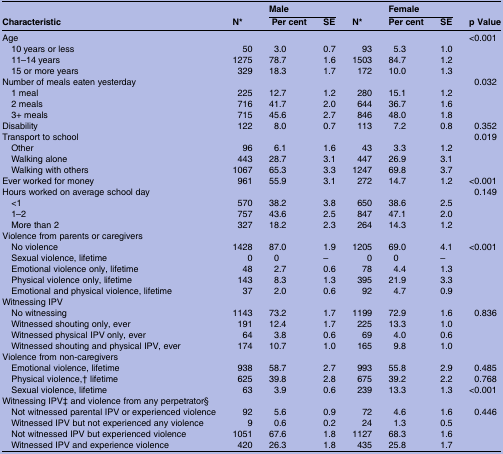
<table><thead><tr><td></td><td></td><td colspan="2"><b>Male</b></td><td></td><td colspan="2"><b>Female</b></td><td></td></tr><tr><td><b>Characteristic</b></td><td><b>N*</b></td><td><b> Per cent</b></td><td><b>SE</b></td><td><b>N*</b></td><td><b>Per cent</b></td><td><b>SE</b></td><td><b>p Value</b></td></tr></thead><tbody><tr><td>Age</td><td></td><td></td><td></td><td></td><td></td><td></td><td>&lt;0.001</td></tr><tr><td> 10 years or less</td><td>50</td><td>3.0</td><td>0.7</td><td>93</td><td>5.3</td><td>1.0</td><td></td></tr><tr><td> 11–14 years</td><td>1275</td><td>78.7</td><td>1.6</td><td>1503</td><td>84.7</td><td>1.2</td><td></td></tr><tr><td> 15 or more years</td><td>329</td><td>18.3</td><td>1.7</td><td>172</td><td>10.0</td><td>1.3</td><td></td></tr><tr><td colspan="2">Number of meals eaten yesterday</td><td></td><td></td><td></td><td></td><td></td><td>0.032</td></tr><tr><td> 1 meal</td><td>225</td><td>12.7</td><td>1.2</td><td>280</td><td>15.1</td><td>1.2</td><td></td></tr><tr><td> 2 meals</td><td>716</td><td>41.7</td><td>2.0</td><td>644</td><td>36.7</td><td>1.6</td><td></td></tr><tr><td> 3+ meals</td><td>715</td><td>45.6</td><td>2.7</td><td>846</td><td>48.0</td><td>1.8</td><td></td></tr><tr><td>Disability</td><td>122</td><td>8.0</td><td>0.7</td><td>113</td><td>7.2</td><td>0.8</td><td>0.352</td></tr><tr><td>Transport to school</td><td></td><td></td><td></td><td></td><td></td><td></td><td>0.019</td></tr><tr><td> Other</td><td>96</td><td>6.1</td><td>1.6</td><td>43</td><td>3.3</td><td>1.2</td><td></td></tr><tr><td> Walking alone</td><td>443</td><td>28.7</td><td>3.1</td><td>447</td><td>26.9</td><td>3.1</td><td></td></tr><tr><td> Walking with others</td><td>1067</td><td>65.3</td><td>3.3</td><td>1247</td><td>69.8</td><td>3.7</td><td></td></tr><tr><td>Ever worked for money</td><td>961</td><td>55.9</td><td>3.1</td><td>272</td><td>14.7</td><td>1.2</td><td>&lt;0.001</td></tr><tr><td colspan="2">Hours worked on average school day</td><td></td><td></td><td></td><td></td><td></td><td>0.149</td></tr><tr><td> &lt;1</td><td>570</td><td>38.2</td><td>3.8</td><td>650</td><td>38.6</td><td>2.5</td><td></td></tr><tr><td> 1–2</td><td>757</td><td>43.6</td><td>2.5</td><td>847</td><td>47.1</td><td>2.0</td><td></td></tr><tr><td> More than 2</td><td>327</td><td>18.2</td><td>2.3</td><td>264</td><td>14.3</td><td>1.2</td><td></td></tr><tr><td colspan="8">Violence from parents or caregivers</td></tr><tr><td> No violence</td><td>1428</td><td>87.0</td><td>1.9</td><td>1205</td><td>69.0</td><td>4.1</td><td>&lt;0.001</td></tr><tr><td> Sexual violence, lifetime</td><td>0</td><td>0</td><td>–</td><td>0</td><td>0</td><td>–</td><td></td></tr><tr><td> Emotional violence only, lifetime</td><td>48</td><td>2.7</td><td>0.6</td><td>78</td><td>4.4</td><td>1.3</td><td></td></tr><tr><td> Physical violence only, lifetime</td><td>143</td><td>8.3</td><td>1.3</td><td>395</td><td>21.9</td><td>3.3</td><td></td></tr><tr><td> Emotional and physical violence, lifetime</td><td>37</td><td>2.0</td><td>0.6</td><td>92</td><td>4.7</td><td>0.9</td><td></td></tr><tr><td colspan="8">Witnessing IPV</td></tr><tr><td> No witnessing</td><td>1143</td><td>73.2</td><td>1.7</td><td>1199</td><td>72.9</td><td>1.6</td><td>0.836</td></tr><tr><td> Witnessed shouting only, ever</td><td>191</td><td>12.4</td><td>1.7</td><td>225</td><td>13.3</td><td>1.0</td><td></td></tr><tr><td> Witnessed physical IPV only, ever</td><td>64</td><td>3.8</td><td>0.6</td><td>69</td><td>4.0</td><td>0.6</td><td></td></tr><tr><td> Witnessed shouting and physical IPV, ever</td><td>174</td><td>10.7</td><td>1.0</td><td>165</td><td>9.8</td><td>1.0</td><td></td></tr><tr><td colspan="8">Violence from non-caregivers</td></tr><tr><td> Emotional violence, lifetime</td><td>938</td><td>58.7</td><td>2.7</td><td>993</td><td>55.8</td><td>2.9</td><td>0.485</td></tr><tr><td> Physical violence,† lifetime</td><td>625</td><td>39.8</td><td>2.8</td><td>675</td><td>39.2</td><td>2.2</td><td>0.768</td></tr><tr><td> Sexual violence, lifetime</td><td>63</td><td>3.9</td><td>0.6</td><td>239</td><td>13.3</td><td>1.3</td><td>&lt;0.001</td></tr><tr><td colspan="8">Witnessing IPV‡ and violence from any perpetrator§</td></tr><tr><td> Not witnessed parental IPV or experienced violence</td><td>92</td><td>5.6</td><td>0.9</td><td>72</td><td>4.6</td><td>1.6</td><td>0.446</td></tr><tr><td> Witnessed IPV but not experienced any violence</td><td>9</td><td>0.6</td><td>0.2</td><td>24</td><td>1.3</td><td>0.5</td><td></td></tr><tr><td> Not witnessed IPV but experienced violence</td><td>1051</td><td>67.6</td><td>1.8</td><td>1127</td><td>68.3</td><td>1.6</td><td></td></tr><tr><td> Witnessed IPV and experience violence</td><td>420</td><td>26.3</td><td>1.8</td><td>435</td><td>25.8</td><td>1.7</td><td></td></tr></tbody></table>